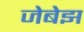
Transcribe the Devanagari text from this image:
जेबेझ